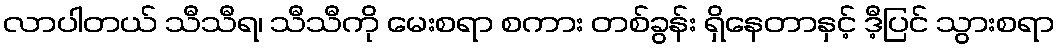
လာပါတယ် သီသီရ၊ သီသီကို မေးစရာ စကား တစ်ခွန်း ရှိနေတာနှင့် ဒီ့ပြင် သွားစရာ